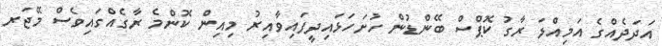
އަދަދެއްގެ އަމިއްލަ ރާގު ކޮޕްސް ބޭންޑުން ހުށަހަޅައިދީފައިވާއިރު މިއިން ކޮންމެ ރާގެއްގައިވެސް މޭޖަރ